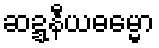
ဆဍ္ဍနီယဓမ္မော